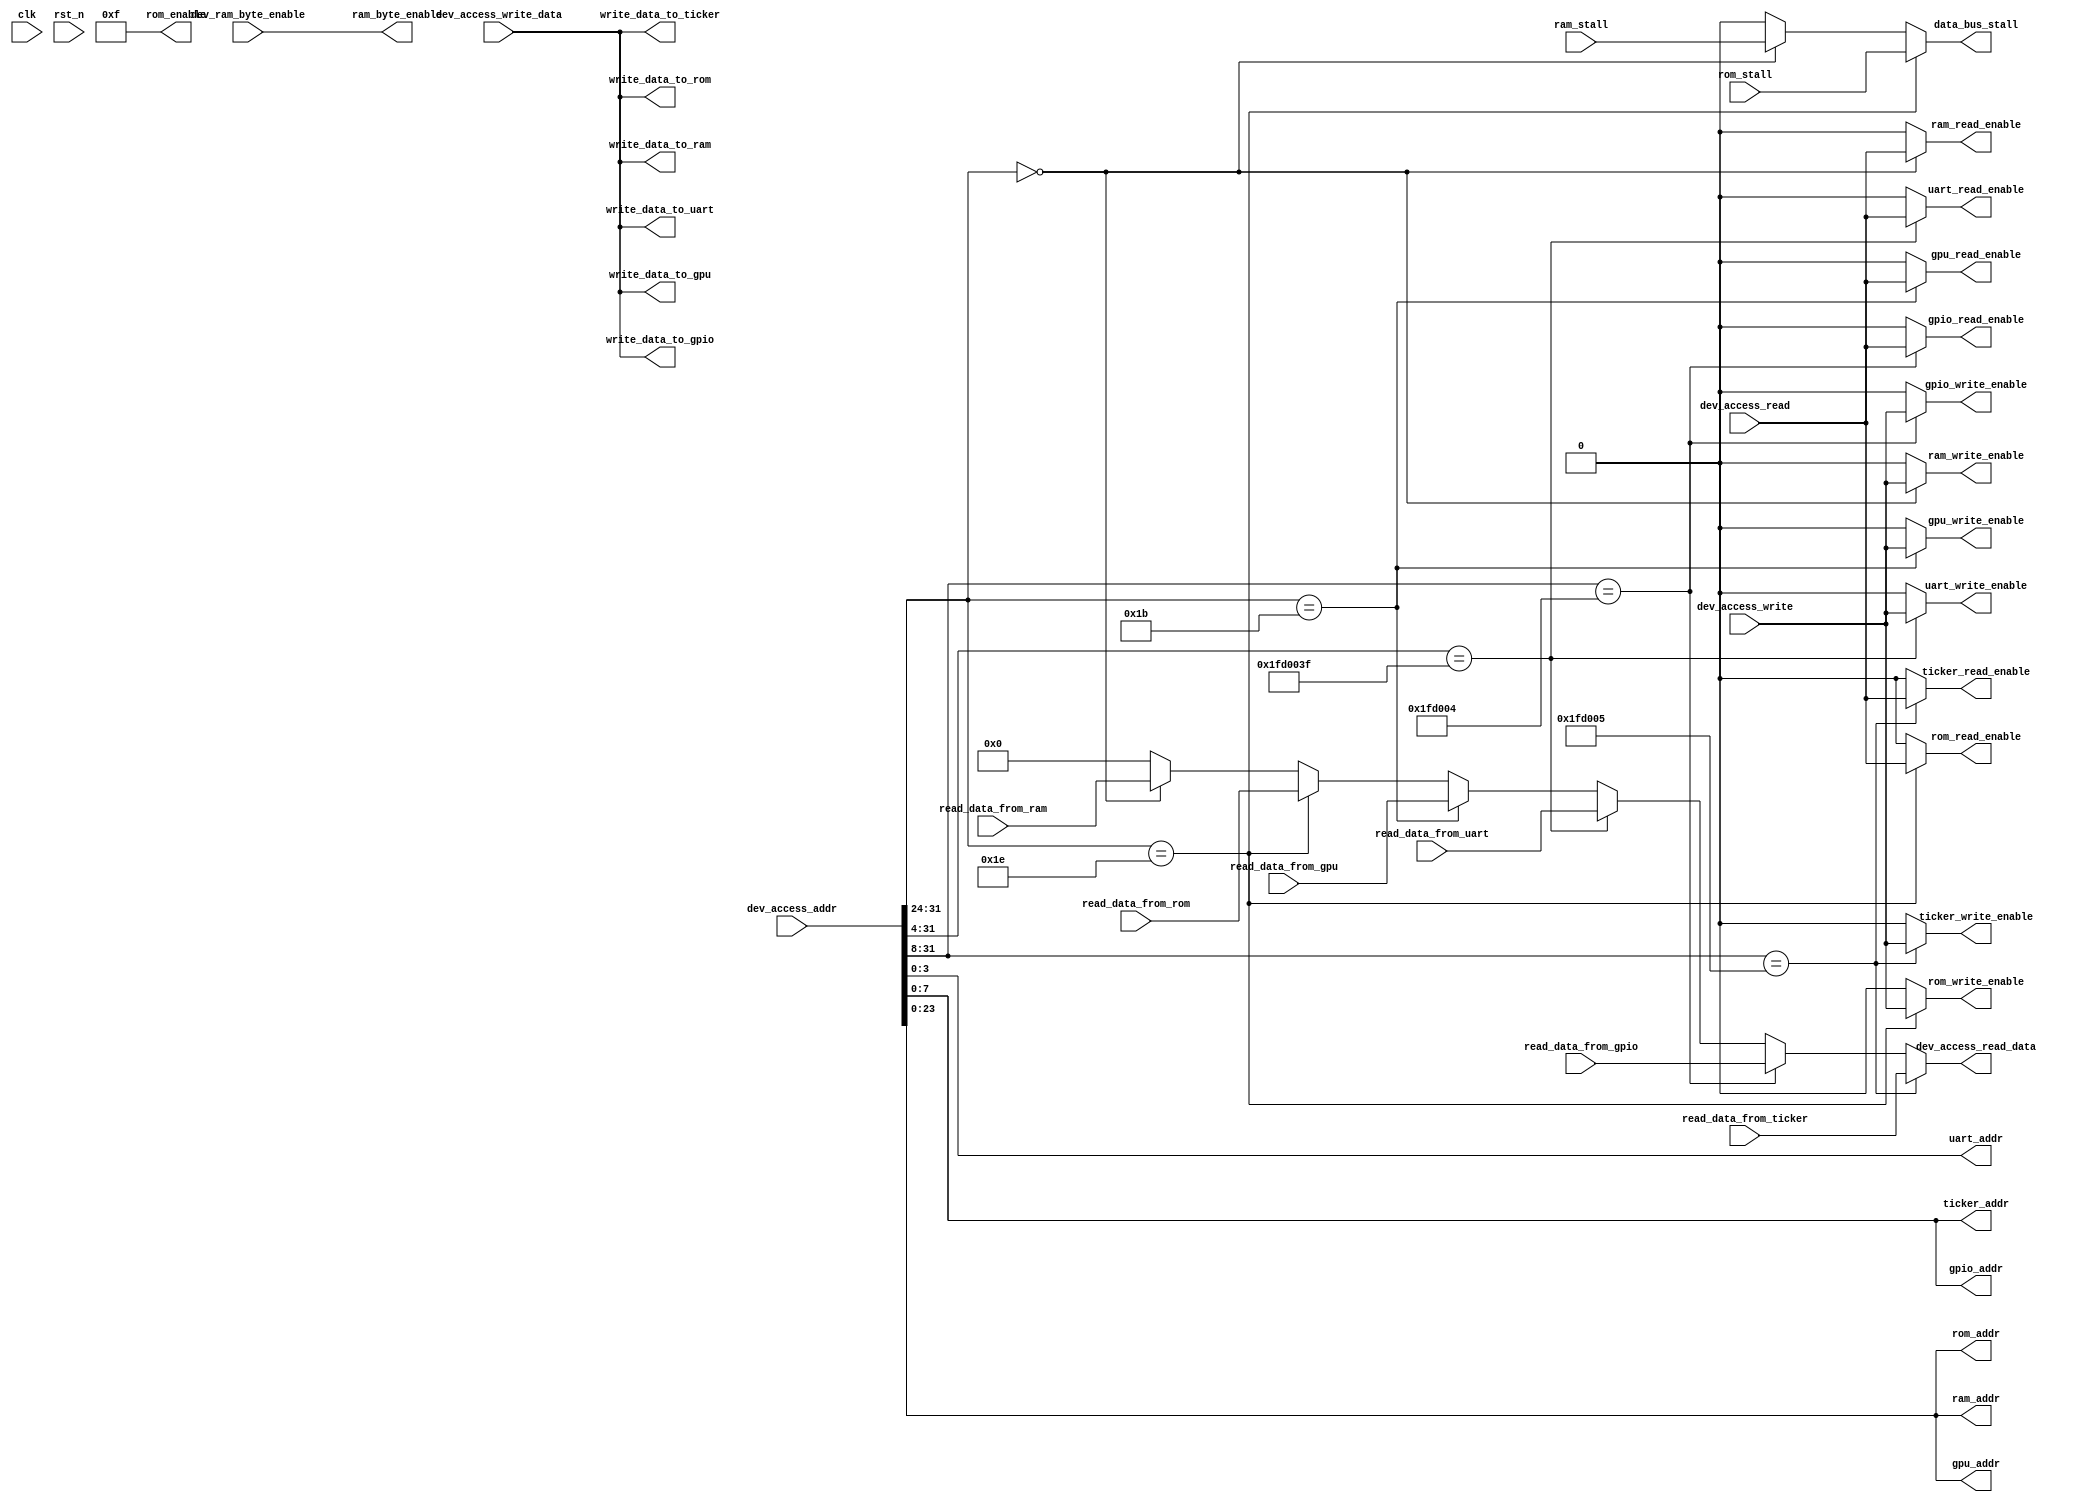
/*-----------------------------------------------------
 File Name : data_bus.v
 Purpose : device bus for ram, uart, vga, etc.
 Creation Date : 31-10-2016
 Last Modified : Wed Nov 16 19:43:20 2016
 Created By : Jeasine Ma [jeasinema[at]gmail[dot]com]
-----------------------------------------------------*/
`ifndef __DATA_BUS_V__
`define __DATA_BUS_V__

`default_nettype none

`timescale 1ns/1ns

module data_bus(/*autoarg*/
    //Inputs
    clk, rst_n, dev_access_addr, dev_ram_byte_enable, 
    dev_access_read, dev_access_write, dev_access_write_data, 
    read_data_from_uart, read_data_from_ticker, 
    read_data_from_gpio, read_data_from_gpu, 
    read_data_from_ram, ram_stall, read_data_from_rom, 
    rom_stall, 

    //Outputs
    dev_access_read_data, data_bus_stall, 
    uart_addr, write_data_to_uart, uart_write_enable, 
    uart_read_enable, ticker_addr, write_data_to_ticker, 
    ticker_write_enable, ticker_read_enable, 
    gpio_addr, write_data_to_gpio, gpio_write_enable, 
    gpio_read_enable, gpu_addr, write_data_to_gpu, 
    gpu_write_enable, gpu_read_enable, ram_addr, 
    write_data_to_ram, ram_byte_enable, ram_write_enable, 
    ram_read_enable, rom_addr, write_data_to_rom, 
    rom_enable, rom_write_enable, rom_read_enable
);

    parameter RAM_BASE_ADDR = 8'h00;
    parameter GPU_BASE_ADDR = 8'h1b;
    parameter UART_BASE_ADDR = 28'h1fd003f;
    parameter GPIO_BASE_ADDR = 24'h1fd004;
    parameter TICKER_BASE_ADDR = 24'h1fd005;
    parameter ROM_BASE_ADDR = 8'h1e;

    input wire clk;
    input wire rst_n;

    // dev access interface
    input wire[31:0] dev_access_addr;
    input wire[3:0] dev_ram_byte_enable;
    input wire dev_access_read;
    input wire dev_access_write;
    input wire[31:0] dev_access_write_data;
    output reg[31:0] dev_access_read_data;
    output reg data_bus_stall;

    // uart
    output wire[3:0] uart_addr;
    output wire[31:0] write_data_to_uart;
    input wire[31:0] read_data_from_uart;
    output reg uart_write_enable;
    output reg uart_read_enable;

    // ticker
    output wire[7:0] ticker_addr;
    output wire[31:0] write_data_to_ticker;
    input wire[31:0] read_data_from_ticker;
    output reg ticker_write_enable;
    output reg ticker_read_enable;

    // gpio
    output wire[7:0] gpio_addr;
    output wire[31:0] write_data_to_gpio;
    input wire[31:0] read_data_from_gpio;
    output reg gpio_write_enable;
    output reg gpio_read_enable;

    // vga(gpu)
    output wire[23:0] gpu_addr;
    output wire[31:0] write_data_to_gpu;
    input wire[31:0] read_data_from_gpu;
    output reg gpu_write_enable;
    output reg gpu_read_enable;

    // sram
    output wire[23:0] ram_addr;
    output wire[31:0] write_data_to_ram;
    input wire[31:0] read_data_from_ram;
    output wire[3:0] ram_byte_enable;
    output reg ram_write_enable;
    output reg ram_read_enable;
    input wire ram_stall;

    // flash(rom)
    output wire[23:0] rom_addr;
    output wire[31:0] write_data_to_rom;
    input wire[31:0] read_data_from_rom;
    output wire[3:0] rom_enable;
    output reg rom_write_enable;
    output reg rom_read_enable;
    input wire rom_stall;

    assign uart_addr = dev_access_addr[3:0];
    assign write_data_to_uart = dev_access_write_data;

    assign ticker_addr = dev_access_addr[7:0];
    assign write_data_to_ticker = dev_access_write_data;

    assign gpio_addr = dev_access_addr[7:0];
    assign write_data_to_gpio = dev_access_write_data;

    assign gpu_addr = dev_access_addr[23:0];
    assign write_data_to_gpu = dev_access_write_data;

    assign ram_byte_enable = dev_ram_byte_enable;
    assign ram_addr = dev_access_addr[23:0];
    assign write_data_to_ram = dev_access_write_data;

    assign rom_enable = 4'b1111;  // maybe dev_ram_byte_enable
    assign rom_addr = dev_access_addr[23:0];
    assign write_data_to_rom = dev_access_write_data;

    always @(*)
    begin
        uart_write_enable <= 1'b0;
        uart_read_enable <= 1'b0;
        ticker_write_enable <= 1'b0;
        ticker_read_enable <= 1'b0;
        gpio_write_enable <= 1'b0;
        gpio_read_enable <= 1'b0;
        gpu_write_enable <= 1'b0;
        gpu_read_enable <= 1'b0;
        ram_write_enable <= 1'b0;
        ram_read_enable <= 1'b0;
        rom_write_enable <= 1'b0;
        rom_read_enable <= 1'b0;
        data_bus_stall <= 1'b0;
        dev_access_read_data <= 32'b0;
        if (dev_access_addr[31:24] == RAM_BASE_ADDR) begin
            ram_read_enable <= dev_access_read;
            ram_write_enable <= dev_access_write;
            dev_access_read_data <= read_data_from_ram;
            data_bus_stall <= ram_stall;
        end if (dev_access_addr[31:24] == ROM_BASE_ADDR) begin
            rom_read_enable <= dev_access_read;
            rom_write_enable <= dev_access_write;
            dev_access_read_data <= read_data_from_rom;
            data_bus_stall <= rom_stall;
        end if (dev_access_addr[31:24] == GPU_BASE_ADDR) begin
            gpu_read_enable <= dev_access_read;
            gpu_write_enable <= dev_access_write;
            dev_access_read_data <= read_data_from_gpu;
        end if (dev_access_addr[31:4] == UART_BASE_ADDR) begin
            uart_read_enable <= dev_access_read;
            uart_write_enable <= dev_access_write;
            dev_access_read_data <= read_data_from_uart;
        end if (dev_access_addr[31:8] == GPIO_BASE_ADDR) begin
            gpio_read_enable <= dev_access_read;
            gpio_write_enable <= dev_access_write;
            dev_access_read_data <= read_data_from_gpio;
        end if (dev_access_addr[31:8] == TICKER_BASE_ADDR) begin
            ticker_read_enable <= dev_access_read;
            ticker_write_enable <= dev_access_write;
            dev_access_read_data <= read_data_from_ticker;
        end
    end
endmodule
`endif